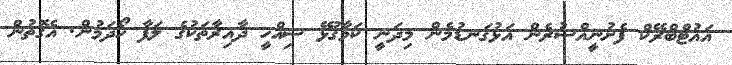
އައުޓްބްރޭކް ފެށުނީއްސުރެން އަޅުގަނޑުމެން މިދަނީ ކަމާގުޅޭ ސިއްހީ ދާއިރާތަކުގެ ލަފާ ހޯދަމުން. އެގޮތުން